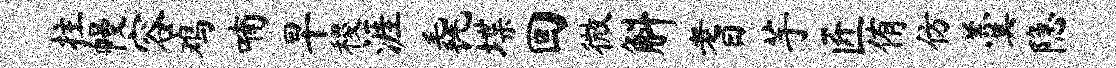
拄幔容鸡喃早稷涯毳堞回微斛耆芋匠侑仿羹隐